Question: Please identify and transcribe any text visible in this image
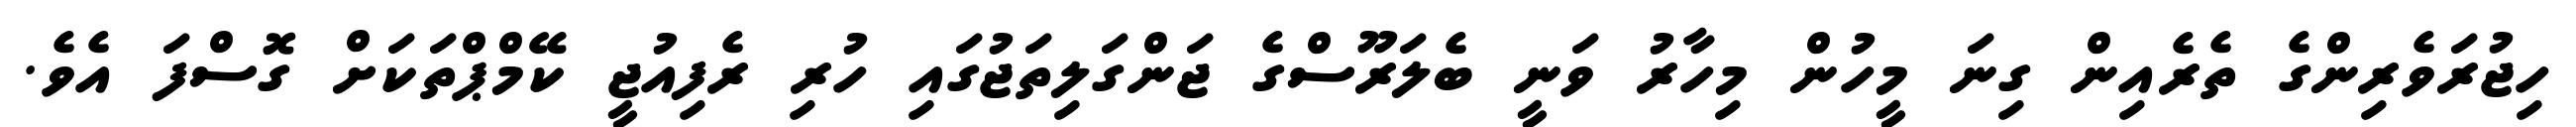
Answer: ހިޖުރަވެރިންގެ ތެރެއިން ގިނަ މީހުން މިހާރު ވަނީ ބެލަރޫސްގެ ޖަންގަލިތަޖުގައި ހުރި ރެފިއުޖީ ކޭމްޕްތަކަށް ގޮސްފަ އެވެ.